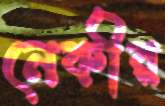
নেকীর